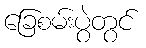
ခြေစမ်းပွဲတွင်